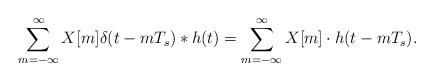
LaTeX: \begin{align*} \mathop{\sum}\limits_{m=-\infty}^{\infty} X[m]\delta(t-mT_s)* h(t)= \mathop{\sum}\limits_{m=-\infty}^{\infty} X[m]\cdot h(t-mT_s).\end{align*}